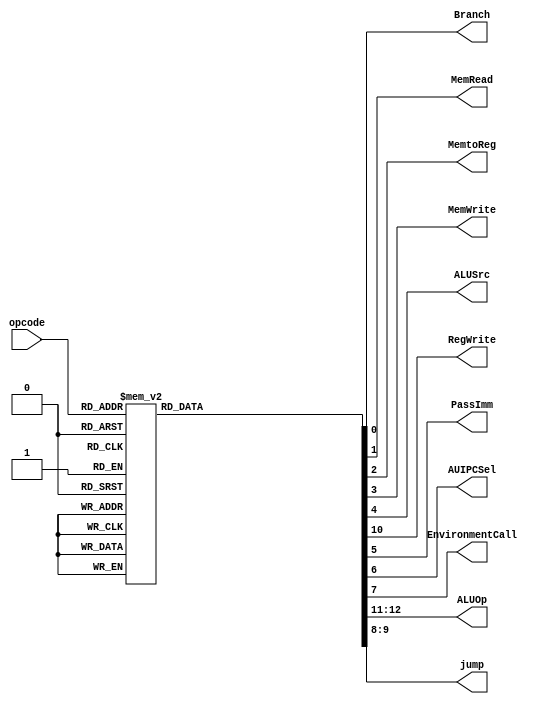
`timescale 1ns / 1ps

module ControlUnit (
    input [6:2] opcode,
    output reg Branch,
    MemRead,
    MemtoReg,
    MemWrite,
    ALUSrc,
    RegWrite,
    PassImm,  // This passes the immediate straight to the register file
    AUIPCSel,
    EnvironmentCall,
    output reg [1:0] ALUOp,
    output reg [1:0] jump
);
  // Default assignments
  always @* begin
    Branch   = 0;
    MemRead  = 0;
    MemtoReg = 0;
    MemWrite = 0;
    ALUSrc   = 0;
    RegWrite = 0;
    jump  = 2'b00;
    ALUOp    = 2'b00; // goes to alu ctrl
    PassImm = 0;
    AUIPCSel = 0;
    EnvironmentCall = 0;
    // Decode opcode
    case (opcode)
      5'b01100: begin  // R-Type
        RegWrite = 1;
        ALUOp    = 2'b10;
      end
      5'b00100: begin  // I-Type
        ALUSrc   = 1;
        RegWrite = 1;
        ALUOp    = 2'b11;
      end

      5'b00000: begin  // Load instructions
        MemRead  = 1;
        MemtoReg = 1;
        ALUSrc   = 1;
        RegWrite = 1;
        ALUOp    = 2'b00;
      end

      5'b01000: begin  // SW-Type
        MemWrite = 1;
        ALUSrc   = 1;
        ALUOp    = 2'b00;
      end

      5'b11000: begin  //Branch
        Branch = 1;
        ALUOp  = 2'b01;
      end
      5'b11001: begin  // JALR
        jump = 2'b01;
        ALUOp = 2'b11;
        ALUSrc = 1;
        RegWrite = 1;
      end
      5'b11011: begin  // JAL
        jump = 2'b11;
        RegWrite = 1;
      end
      5'b01101: begin  // LUI
        PassImm  = 1;
        RegWrite = 1;
      end
      5'b00101: begin  // AUIPC
        AUIPCSel = 1;
        ALUOp = 2'b00;
        ALUSrc = 1;
        RegWrite = 1;
      end
      5'b11100: begin  // ECALL and EBREAK
        EnvironmentCall = 1;
      end
      5'b00011: begin  // FENCE; currently empty but put it nontheless for potential future use
      end
    endcase
  end
endmodule